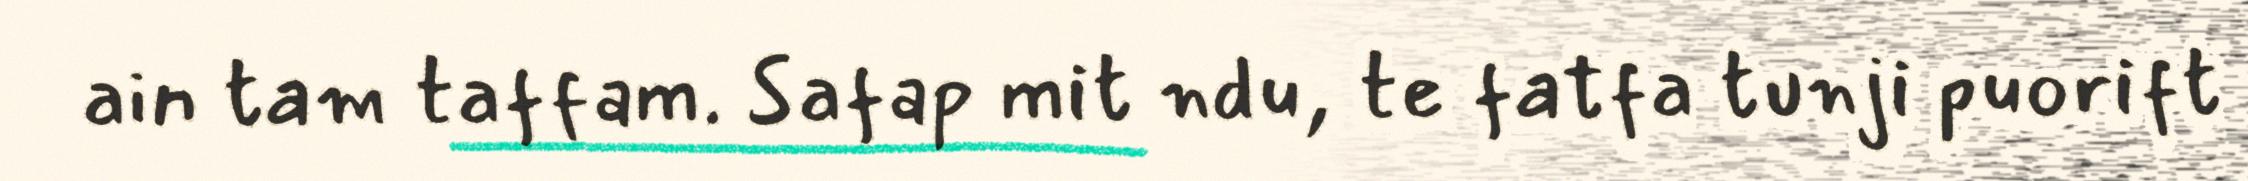
ain tam taffam. Safap mit ndu, te fatfa tunji puorift